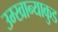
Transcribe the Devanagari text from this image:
उम्खान्याकुड